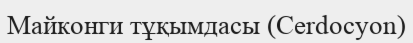
Майконги тұқымдасы (Cerdocyon)